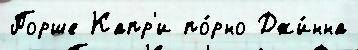
Порше Капр'и по́рно Джи́нна